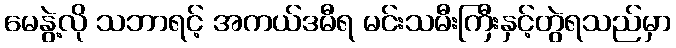
မေနွဲ့လို သဘာရင့် အကယ်ဒမီရ မင်းသမီးကြီးနှင့်တွဲရသည်မှာ